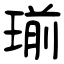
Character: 瑐